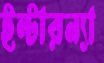
ইন্টারন্যা